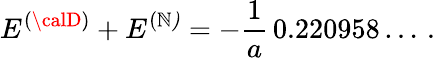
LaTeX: E^{(\calD)}+E^{(\cal\mathbb{N})}=-\frac{{1}}{{a}}\, 0.220958\dots\, {.}